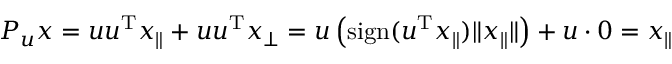
P _ { u } x = u u ^ { \mathrm { T } } x _ { \parallel } + u u ^ { \mathrm { T } } x _ { \perp } = u \left( \mathrm { s i g n } ( u ^ { \mathrm { T } } x _ { \parallel } ) \| x _ { \parallel } \| \right) + u \cdot 0 = x _ { \parallel }